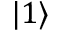
\vert 1 \rangle